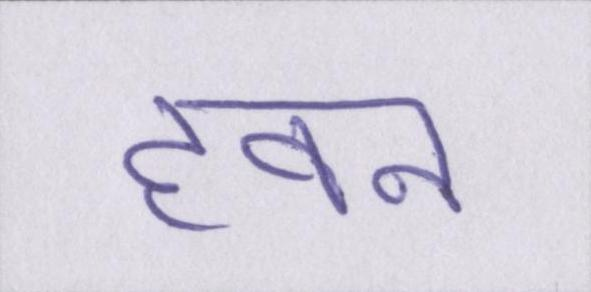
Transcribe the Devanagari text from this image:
हवन